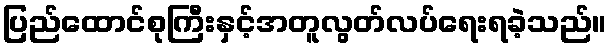
ပြည်ထောင်စုကြီးနှင့်အတူလွတ်လပ်ရေးရခဲ့သည်။